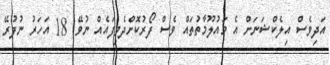
އަދިވެސް އިލެކްޝަނަށް އެ މައުލޫމާތުތައް ވެސް ފޯރުކޮށްދެވިފައެއް ނުވޭ. 18 އަހަރު ނުފުރޭ